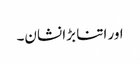
اور اتنا بڑا نشان۔